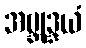
အဗ္ဘုဒ္ဒယံ